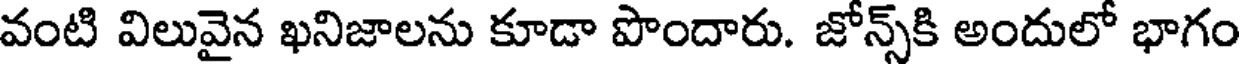
వంటి విలువైన ఖనిజాలను కూడా పొందారు. జోన్స్కి అందులో భాగం